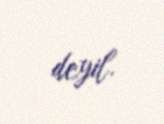
deyil.